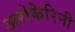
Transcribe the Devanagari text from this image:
अरोकेरिनी